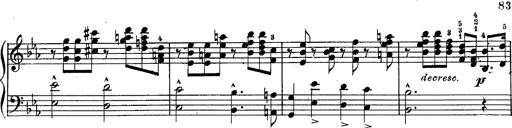
Title: Schubert's Impromptus [revised and edited by Franz Liszt]
Composer: Franz Liszt